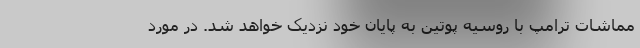
مماشات ترامپ با روسیه پوتین به پایان خود نزدیک خواهد شد. در مورد